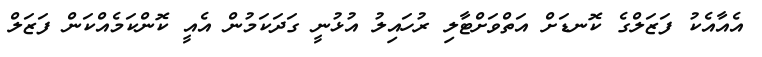
އެއާއެކު ފަޒަލްގެ ކޮނޑަށް އަތްވަށްޓާލި ރުހައިލު އުޅުނީ ގަދަކަމުން އެއީ ކޮންކަމެއްކަން ފަޒަލް